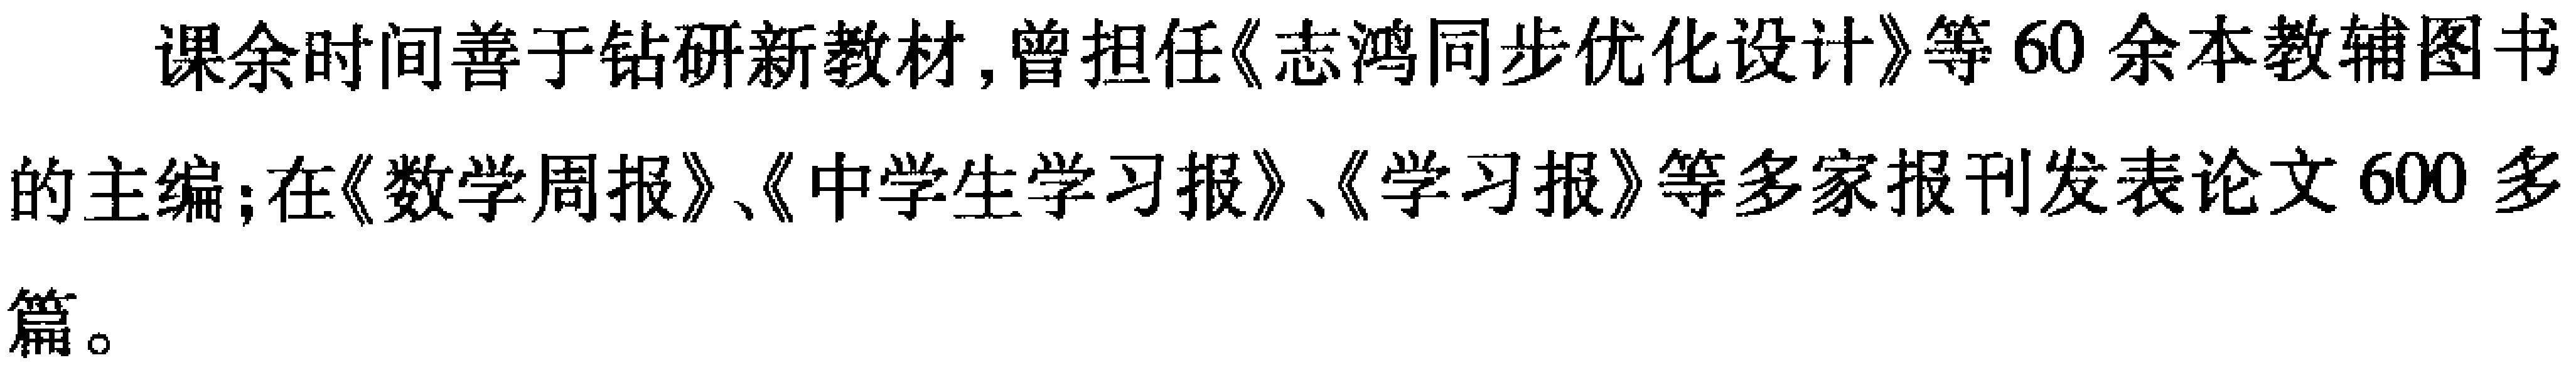
课余时间善于钻研新教材,曾担任《志鸿同步优化设计》等60余本教辅图书的主编;在《数学周报》、《中学生学习报》、《学习报》等多家报刊发表论文600多篇。